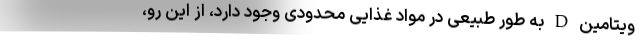
ویتامین D به طور طبیعی در مواد غذایی محدودی وجود دارد، از این رو،